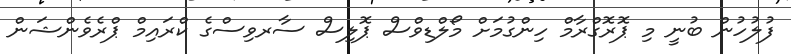
ފުލުހުން ބުނީ މި ޕޮރޮގްރާމް ހިންގުމަށް މޯލްޑިވްސް ޕޮލިސް ސާރވިސްގެ ކްރައިމް ޕްރެވެންޝަން